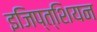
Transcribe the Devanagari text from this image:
इजिप्त्शियन